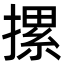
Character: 摞